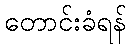
တောင်းခံရန်